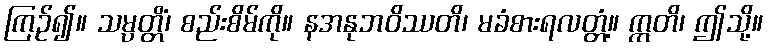
ကြဉ်၍။ သမ္ပတ္တိံ၊ စည်းစိမ်ကို။ နအနုဘဝိဿတိ၊ မခံစားရလတ္တံ့။ ဣတိ၊ ဤသို့။